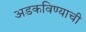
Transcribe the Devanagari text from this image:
अडकविण्याची